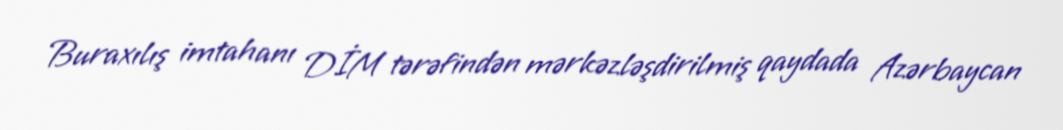
Buraxılış imtahanı DİM tərəfindən mərkəzləşdirilmiş qaydada Azərbaycan